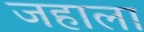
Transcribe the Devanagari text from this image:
जहाला